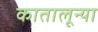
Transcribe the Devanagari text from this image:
कातालून्या